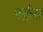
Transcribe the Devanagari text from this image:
पर्कुस